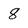
Character: 8